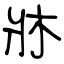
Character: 牀